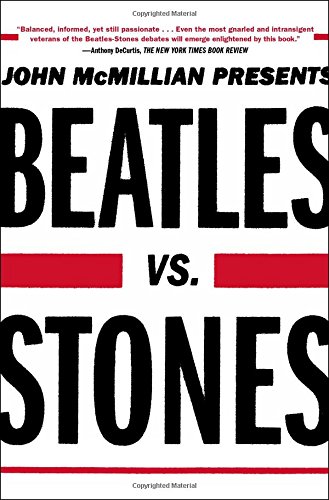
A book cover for Beatles vs. Stones; John McMillian; Humor & Entertainment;